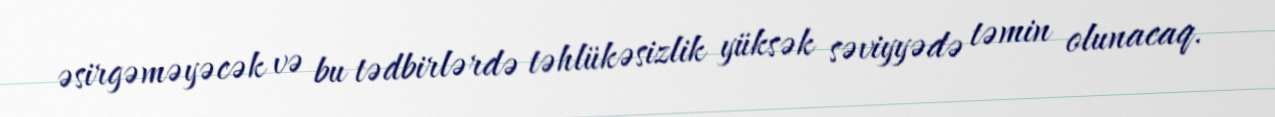
əsirgəməyəcək və bu tədbirlərdə təhlükəsizlik yüksək səviyyədə təmin olunacaq.